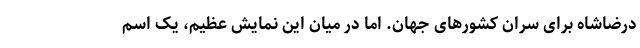
درضاشاه برای سران کشورهای جهان. اما در میان این نمایش عظیم، یک اسم